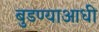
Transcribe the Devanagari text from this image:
बुडण्याआधी